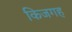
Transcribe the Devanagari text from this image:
किजगह